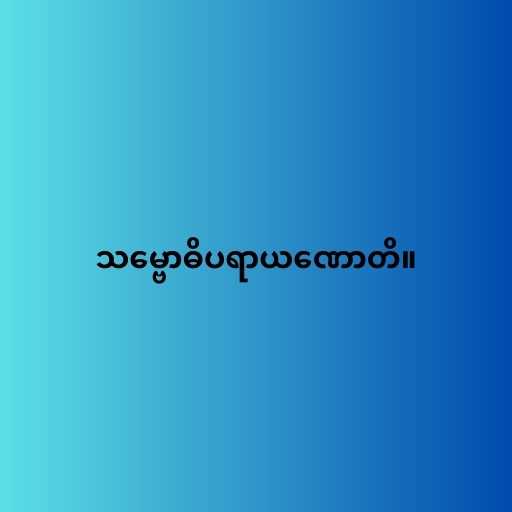
သမ္ဗောဓိပရာယဏောတိ။